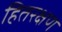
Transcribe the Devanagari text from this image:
हितरक्षण